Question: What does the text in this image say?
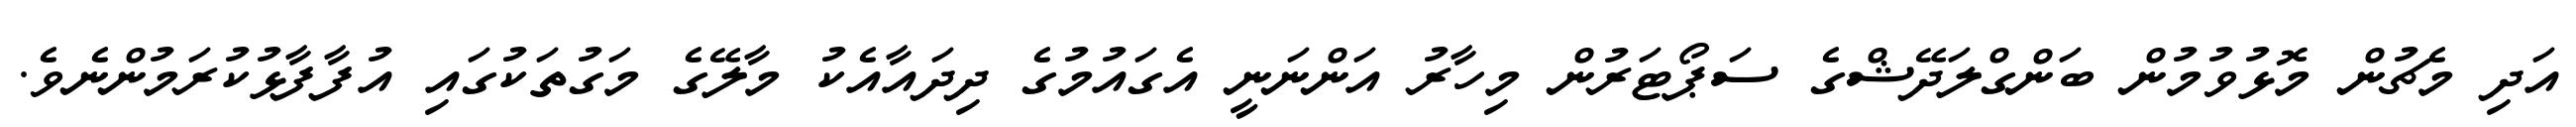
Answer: އަދި މެޗުން މޮޅުވުމުން ބަންގްލަދޭޝްގެ ސަޕޯޓަރުން މިހާރު އަންނަނީ އެގައުމުގެ ދިދައާއެކު މާލޭގެ މަގުތަކުގައި އުފާފާޅުކުރަމުންނެވެ.